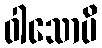
ဝါသောပိ